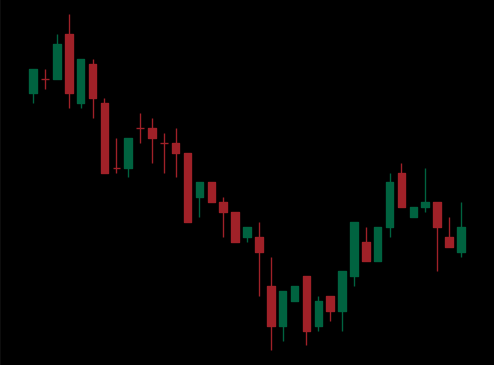
Pattern: bull_flag